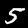
Digit: 5